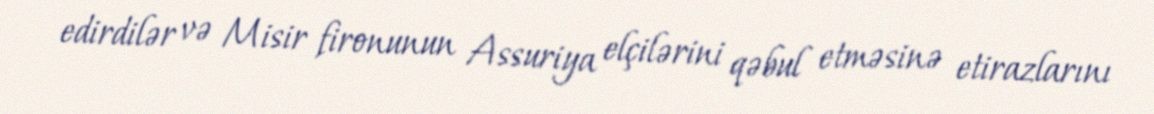
edirdilər və Misir fironunun Assuriya elçilərini qəbul etməsinə etirazlarını